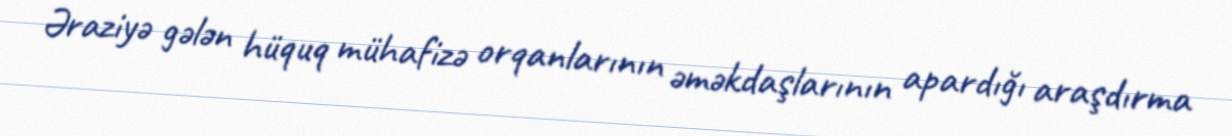
Əraziyə gələn hüquq mühafizə orqanlarının əməkdaşlarının apardığı araşdırma